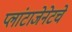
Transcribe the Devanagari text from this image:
प्लांटाजेनेटचे